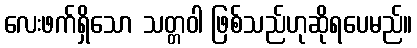
လေးဖက်ရှိသော သတ္တဝါ ဖြစ်သည်ဟုဆိုရပေမည်။